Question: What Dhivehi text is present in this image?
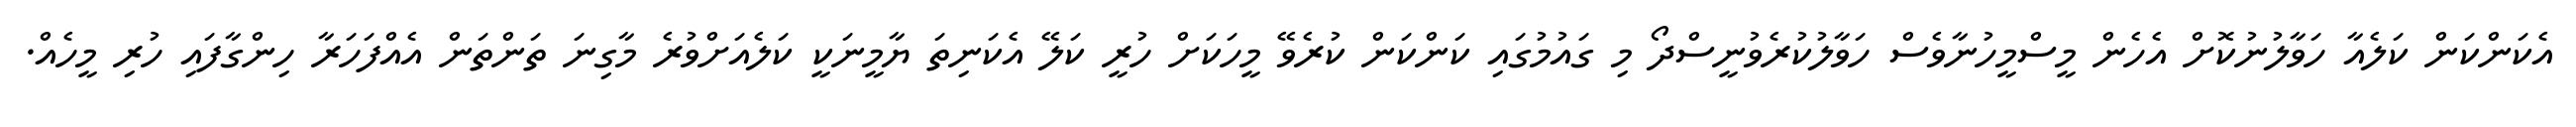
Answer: އެކަންކަން ކަލެއާ ހަވާލުނުކޮށް އެހެން މީސްމީހުނާވެސް ހަވާލުކުރެވުނީސްދޯ މި ގައުމުގައި ކަންކަން ކުރެވޭ މީހަކަށް ހުރީ ކަލޭ އެކަނިތަ ޔާމީނަކީ ކަލެއަށްވުރެ މާގިނަ ތަންތަން އެއްފަހަރާ ހިންގާފައި ހުރި މީހެއް.